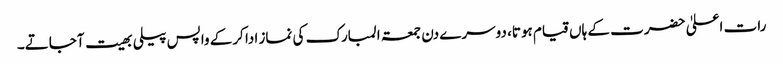
رات اعلیٰ حضرت کے ہاں قیام ہوتا، دوسرے دن جمعۃ المبارک کی نماز ادا کرکے واپس پیلی بھیت آجاتے۔